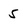
Character: 5